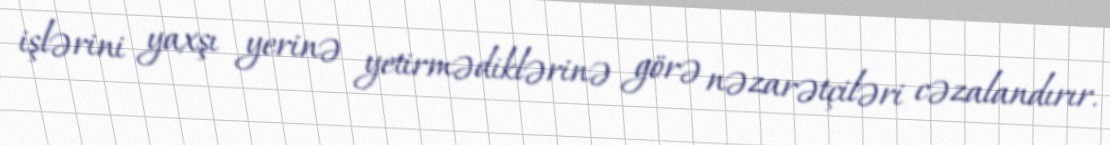
işlərini yaxşı yerinə yetirmədiklərinə görə nəzarətçiləri cəzalandırır.